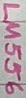
Text: LM556